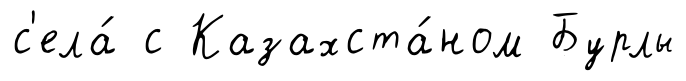
с'ела́ с Казахста́ном Бурлы